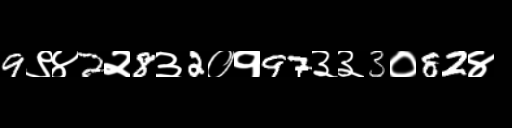
Text: 9९४2२8३2०१97३३3०82४